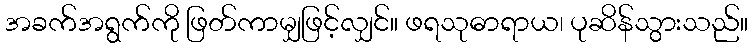
အခက်အရွက်ကို ဖြတ်ကာမျှဖြင့်လျှင်။ ဖရသုဓာရာယ၊ ပုဆိန်သွားသည်။